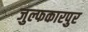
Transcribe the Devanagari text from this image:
जुल्फकारपुर